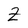
Character: Z